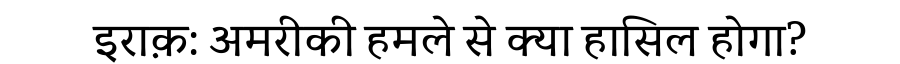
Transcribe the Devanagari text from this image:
इराक़: अमरीकी हमले से क्या हासिल होगा?